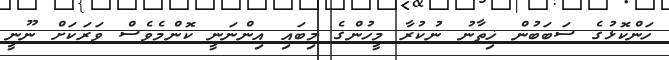
ހަންކޮޅުގެ ސަބަބުން ޚިތާނު ނުކުރާ މީހުންގެ މިބައި އިންނަނީ ކޮންމެވެސް ވަރަކަށް ނޫނީ